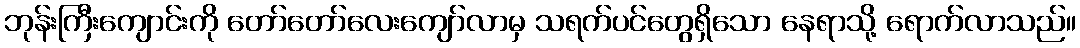
ဘုန်းကြီးကျောင်းကို တော်တော်လေးကျော်လာမှ သရက်ပင်တွေရှိသော နေရာသို့ ရောက်လာသည်။